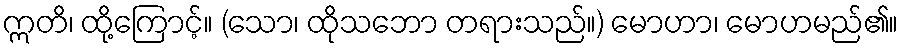
ဣတိ၊ ထို့ကြောင့်။ (သော၊ ထိုသဘော တရားသည်။) မောဟာ၊ မောဟမည်၏။